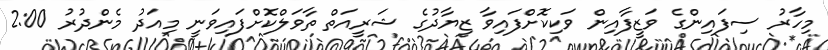
މިހާރު ސިފައިންގެ ވަޒީފާއިން ވަކިކޮށްފައިވާ ޒިޔާދުގެ ޝަރީއަތް ތާވަލްކޮށްފައިވަނީ މިއަދު މެންދުރު 2:00